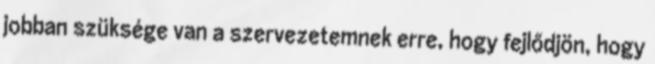
jobban szüksége van a szervezetemnek erre, hogy fejlődjön, hogy